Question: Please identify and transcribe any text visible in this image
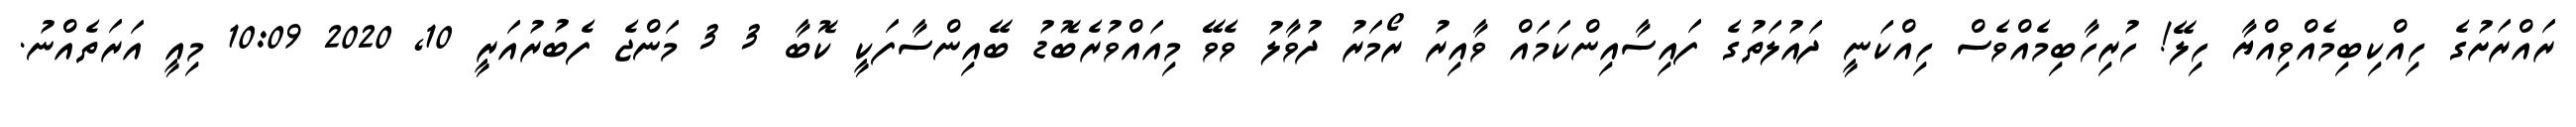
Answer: ރައްރަށުގެ ހިއްކިބިމެއްވިއްޔާ ހިލޭ! ހުރިހާބިމެއްވެސް ހިއްކަނީ ދައުލަތުގެ ފައިސާއިންކަމައް ވާއިރު ރޯމަރު ދުވާލު ވެވޭ މިއައްވުރެބޮޑު ބޭއިންސާފަކީ ކޮބާ 3 3 މަންޖެ ފެބުރުއަރީ 10, 2020 10:09 މިއީ އަރަތެއްނު.